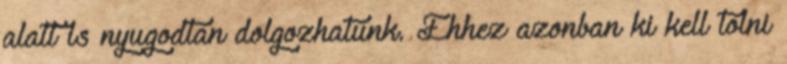
alatt is nyugodtan dolgozhatunk. Ehhez azonban ki kell tolni